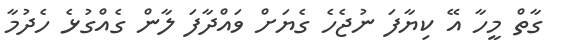
ގާތް މީހާ އޭ ކިޔާފަ ނުޖެހެ ގެޔަށް ވައްދާފަ ލާން ގެއްގުޅެ ހެދުމާ